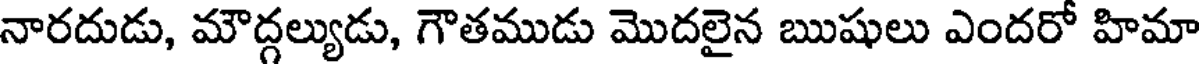
నారదుడు, మౌద్గల్యుడు, గౌతముడు మొదలైన ఋషులు ఎందరో హిమా